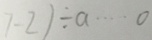
7 - 2 ) \div a \cdots 0